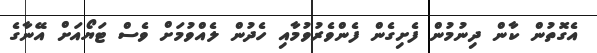
އެގޮތުން ކާން ދިނުމުން ފެށިގެން ފެންވެރުވުމާއި ހެދުން ލެއްވުމަށް ވެސް ޓަޔޯއަށް އޭނާގެ